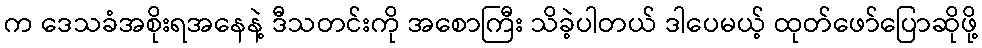
က ဒေသခံအစိုးရအနေနဲ့ ဒီသတင်းကို အစောကြီး သိခဲ့ပါတယ် ဒါပေမယ့် ထုတ်ဖော်ပြောဆိုဖို့